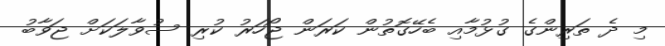
މި ދެ ތަރިންގެ ގުޅުމާއި ބެހޭގޮތުން ކަރަން ޖޯހަރު ކުރި ސުވާލަކަށް ޖަވާބު